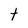
Character: t